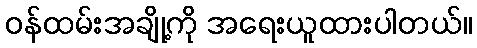
ဝန်ထမ်းအချို့ကို အရေးယူထားပါတယ်။